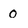
Character: 0